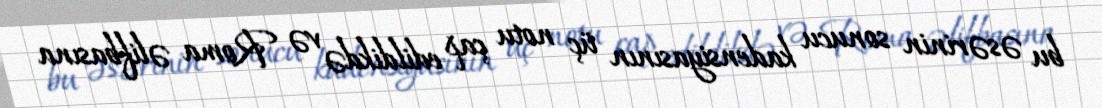
bu əsərinin sonucu kadensiyasının üç notu çap edildikdə və Roma əlifbasına